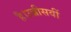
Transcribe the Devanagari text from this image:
है।उन्नीसवीं